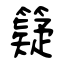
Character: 籎